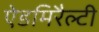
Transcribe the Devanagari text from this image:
ऐडमिरैल्टी